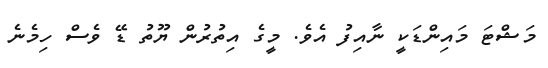
މަޝްޓަ މައިންޑަކީ ނާއިފު އެވެ. މީގެ އިތުރުން ޔޫތު ޑޭ ވެސް ހިމެނެ